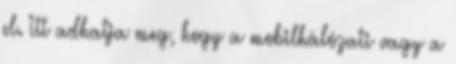
el. Itt adhatja meg, hogy a mobilhálózati vagy a